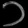
Digit: ၁